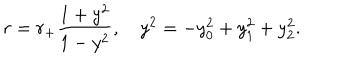
LaTeX: r = r _ { + } \frac { 1 + y ^ { 2 } } { 1 - y ^ { 2 } } , y ^ { 2 } = - y _ { 0 } ^ { 2 } + y _ { 1 } ^ { 2 } + y _ { 2 } ^ { 2 } .